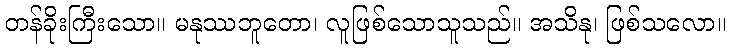
တန်ခိုးကြီးသော။ မနုဿဘူတော၊ လူဖြစ်သောသူသည်။ အသိနု၊ ဖြစ်သလော။